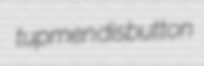
tupmen disbutton